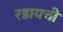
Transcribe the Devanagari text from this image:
रडायची